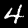
Digit: 4